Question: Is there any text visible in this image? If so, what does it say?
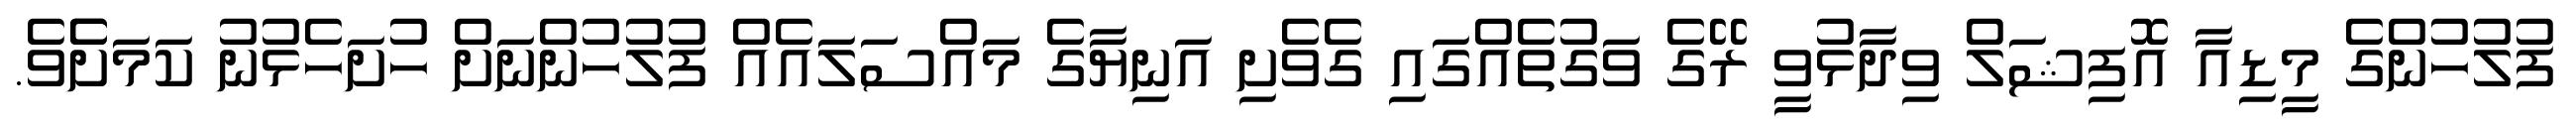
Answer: ފުލުހުންގެ މީޑިއާ އޮފިޝަލް ވިދާޅުވީ ރޭގެ ވަގުތެއްގައި ގެވެށި އަނިޔާގެ މައްސަލައެއް ފުލުހުންނަށް ހުށަހެޅުނު ކަމަށެެވެ.